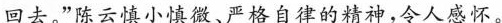
回去。”陈云慎小慎微、严格自律的精神，令人感怀。